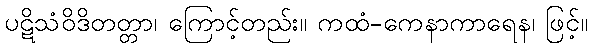
ပဋိသံဝိဒိတတ္တာ၊ ကြောင့်တည်း။ ကထံ-ကေနာကာရေန၊ ဖြင့်။